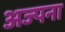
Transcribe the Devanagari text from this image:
अज्पना